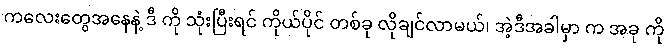
ကလေးတွေအနေနဲ့ ဒီ ကို သုံးပြီးရင် ကိုယ်ပိုင် တစ်ခု လိုချင်လာမယ်၊ အဲ့ဒီအခါမှာ က အခု ကို